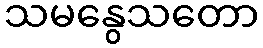
သမနွေသတော